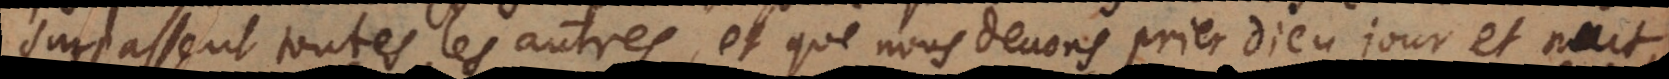
surpassent toutes les autres, et que nous devons prier Dieu jour et nuit,